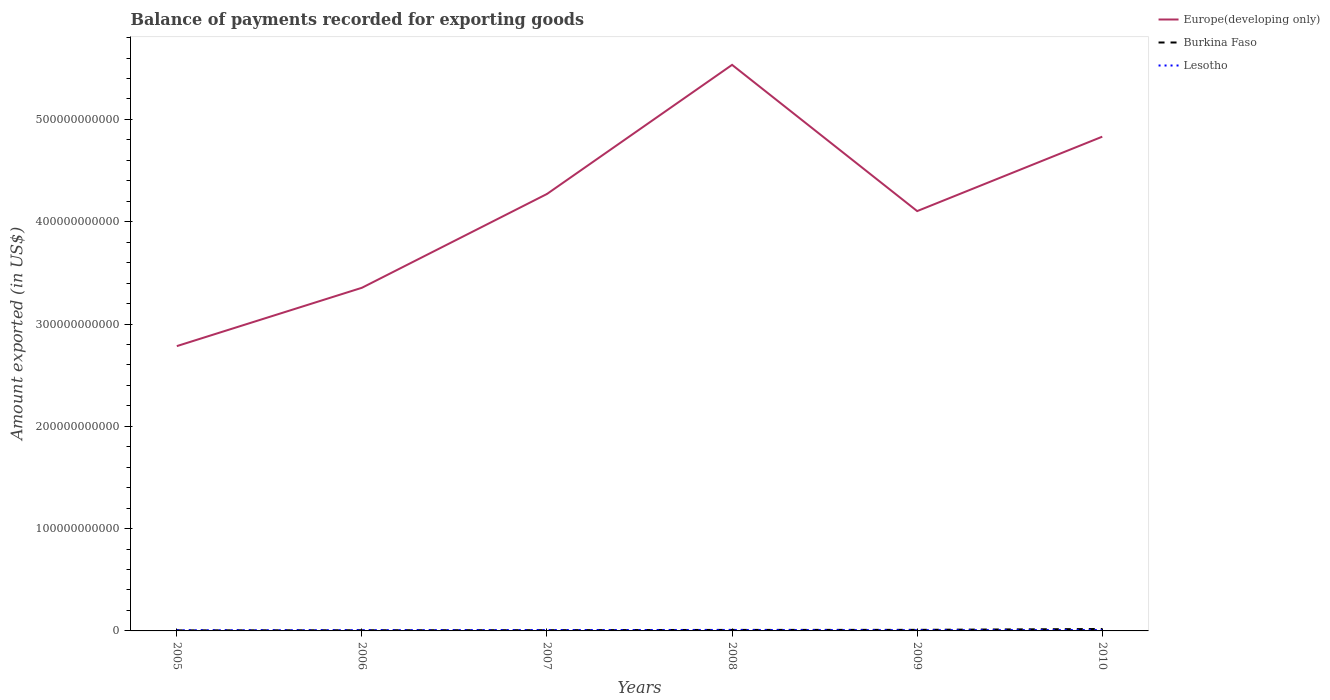
| Years | Europe(developing only) | Burkina Faso | Lesotho |
 | --- | --- | --- | --- |
 | 2005 | 2.78e+11 | 5.45e+08 | 6.68e+08 |
 | 2006 | 3.35e+11 | 6.68e+08 | 7.57e+08 |
 | 2007 | 4.27e+11 | 7.41e+08 | 8.72e+08 |
 | 2008 | 5.53e+11 | 9.84e+08 | 9.32e+08 |
 | 2009 | 4.1e+11 | 1.05e+09 | 7.76e+08 |
 | 2010 | 4.83e+11 | 1.89e+09 | 9.25e+08 |